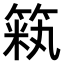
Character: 𫂏